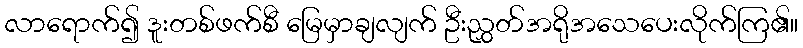
လာရောက်၍ ဒူးတစ်ဖက်စီ မြေမှာချလျက် ဦးညွှတ်အရိုအသေပေးလိုက်ကြ၏။